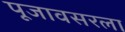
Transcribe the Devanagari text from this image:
पूजावसरला